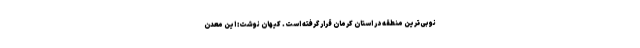
نوبی‌ترین منطقه در استان کرمان قرار گرفته است. کیهان نوشت: این معدن